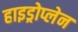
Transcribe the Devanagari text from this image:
हाइड्रोप्लेन